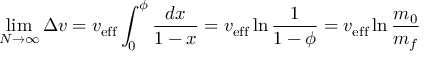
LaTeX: \operatorname* { l i m } _ { N \to \infty } \Delta v = v _ { \mathrm { { e f f } } } \int _ { 0 } ^ { \phi } { \frac { d x } { 1 - x } } = v _ { \mathrm { { e f f } } } \ln { \frac { 1 } { 1 - \phi } } = v _ { \mathrm { { e f f } } } \ln { \frac { m _ { 0 } } { m _ { f } } }